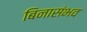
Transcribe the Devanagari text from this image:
बिनासंभव